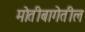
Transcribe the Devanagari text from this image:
मोतीबागेतील